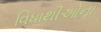
વિધાથીઓના